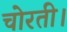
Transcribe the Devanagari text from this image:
चोरती।